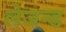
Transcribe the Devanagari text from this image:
लेजन्ड